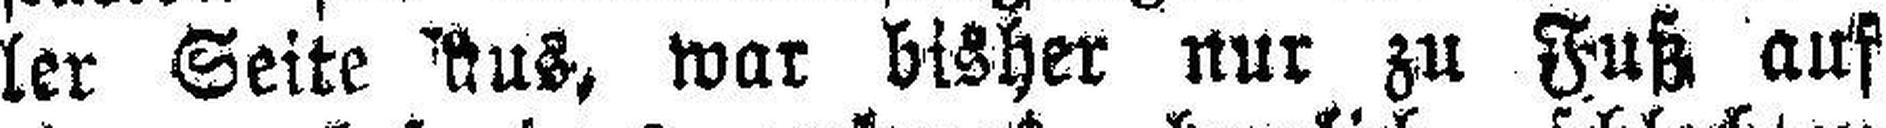
ler Seite aus, war bisher nur zu Fuß auf